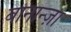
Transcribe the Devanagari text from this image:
बोनान्ज़ा